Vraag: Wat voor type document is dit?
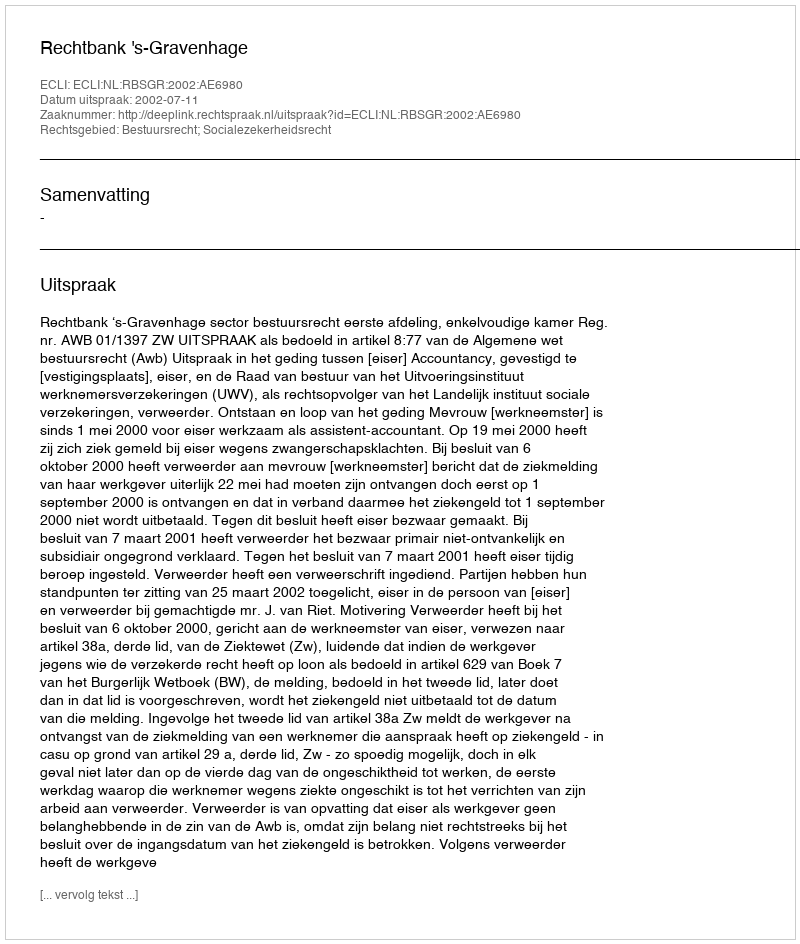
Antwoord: Uitspraak